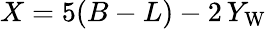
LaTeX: X=5(B-L)-2\, Y_{\mathrm{W}}